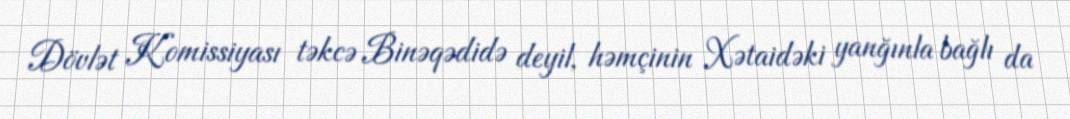
Dövlət Komissiyası təkcə Binəqədidə deyil, həmçinin Xətaidəki yanğınla bağlı da